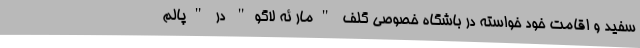
سفید و اقامت خود خواسته در باشگاه خصوصی گلف "مار ئه لاگو" در "پالم